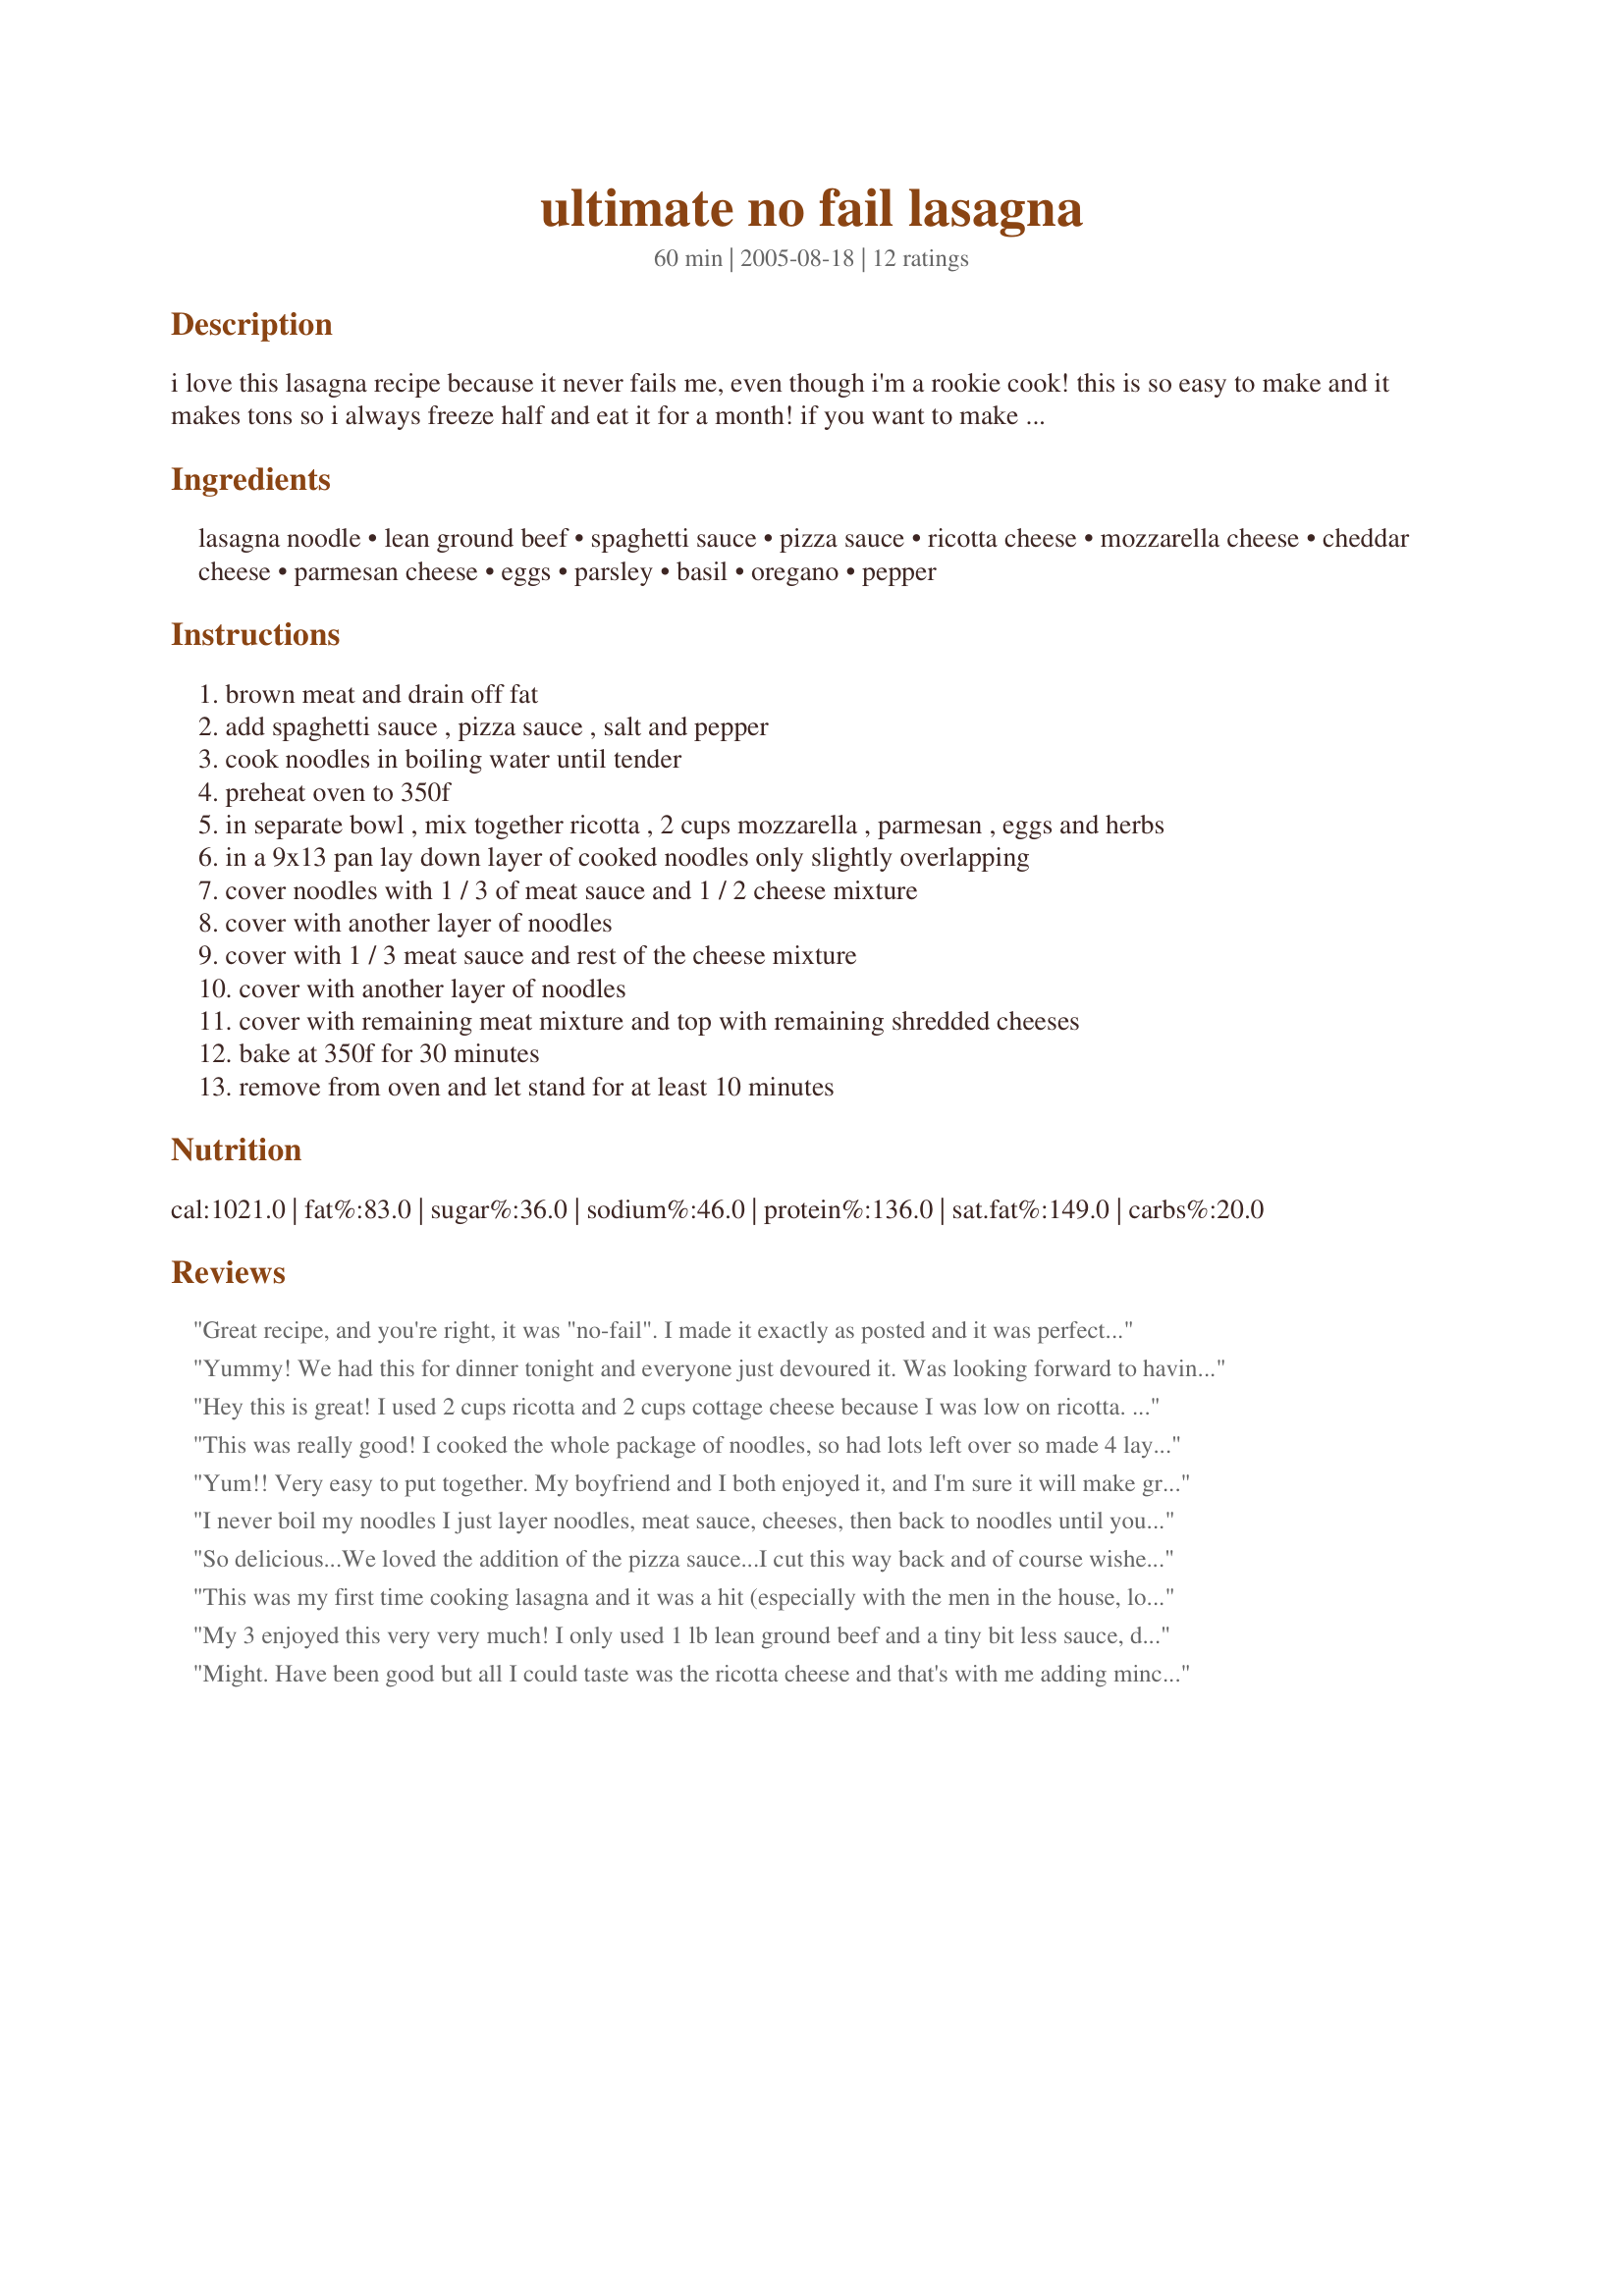
ultimate no fail lasagna
Preparation time: 60 minutes

i love this lasagna recipe because it never fails me, even though i'm a rookie cook! this is so easy to make and it makes tons so i always freeze half and eat it for a month! if you want to make a small pan, divide the recipe in half and it'll still turn out great!

*edited to add: this can be made without the eggs! the cheese mixture will still be delicious without the egg.

Ingredients:
lasagna noodle, lean ground beef, spaghetti sauce, pizza sauce, ricotta cheese, mozzarella cheese, cheddar cheese, parmesan cheese, eggs, parsley, basil, oregano, pepper

Steps:
brown meat and drain off fat
add spaghetti sauce , pizza sauce , salt and pepper
cook noodles in boiling water until tender
preheat oven to 350f
in separate bowl , mix together ricotta , 2 cups mozzarella , parmesan , eggs and herbs
in a 9x13 pan lay down layer of cooked noodles only slightly overlapping
cover noodles with 1 / 3 of meat sauce and 1 / 2 cheese mixture
cover with another layer of noodles
cover with 1 / 3 meat sauce and rest of the cheese mixture
cover with another layer of noodles
cover with remaining meat mixture and top with remaining shredded cheeses
bake at 350f for 30 minutes
remove from oven and let stand for at least 10 minutes

Reviews:
Great recipe, and you're right, it was "no-fail". I made it exactly as posted and it was perfect. I was skeptical that we'd get 8-10 servings out of it because our kids are pretty big pasta eaters, but the 5 of us had our fill and there's still half left for the freezer! Thanks for the recipe!
Yummy! We had this for dinner tonight and everyone just devoured it. Was looking forward to having some more tomorrow for lunch but the stupid dog got up on the counter when my back was turned and ate some before I had a chance to put it away.
Hey this is great! I used 2 cups ricotta and 2 cups cottage cheese because I was low on ricotta. It worked great. The pizza sauce adds real pizzazz! I'm going to freeze half as suggested! Thanks for posting.
This was really good! I cooked the whole package of noodles, so had lots left over so made 4 layers of noodles. I put some sauce on the bottom of pan, then added the first layer of noodles (which differed from the instructions). I also used 1 lb ground beef and one pound of italian sausage. I also browned the meat with onion and half a bell pepper, but I usually do that when I brown ground beef. This was awesome! My family definately said its a keeper! I only used about half the cheese as instructed to top it with though. This definately is a great recipe for lasagna. Will make again! Thank you so much for sharing it!
Yum!! Very easy to put together. My boyfriend and I both enjoyed it, and I'm sure it will make great leftovers! Make sure you put a baking dish underneath your casserole dish because this bubbles over a bit.
I never boil my noodles I just layer noodles, meat sauce, cheeses, then back to noodles until you reach the top then I put a little sauce and cheese on the top cover and bake and noodles bake in sauce and come out tender. I only boiled noodles once and burned my fingers so I tried this way and it works great:)
So delicious...We loved the addition of the pizza sauce...I cut this way back and of course wished I hadn't...because the leftovers are wonderful...Thanks for posting it...=)
This was my first time cooking lasagna and it was a hit (especially with the men in the house, lol). I found that 2lbs of ground turkey made the lasagna a bit meaty, but the flavors of the cheeses, herbs and spices blended together wonderfully. I only slightly altered this recipe by using 48 oz of spaghetti sauce. It was delicious and my family is already asking me when I'm going to make it again! :)
My 3 enjoyed this very very much! I only used 1 lb lean ground beef and a tiny bit less sauce, due to what I had on hand. It didn't sit nice and pretty on a plate when served, but my folks really like that it was saucy.

There is still enough for leftovers tomorrow. Thanks! Definitely a keeper!
Might. Have been good but all I could taste was the ricotta cheese and that's with me adding minced garlic, onion, tomatoes and provolone cheese . Going to try again sometime but use half the ricotta cheese!
Amazing! If I could give this more than 5 stars, I would. This was so easy to put together and the instructions were very easy to follow. I made a little extra sauce & meat because we like our lasagna super saucy. This had a great mix of cheeses and herbs. I put the lasagna together earlier in the day and the refrigerated it, so I baked it for about 45 minutes. Turned out great! Thanks for such an easy and tasty recipe!
It truly is an ultimate no-fail lasagna. My family and co-workers loved it.
